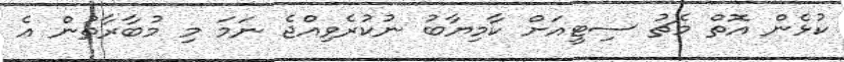
ކުޅެން އޮތް މެޗު ސިޓީއަށް ކާމިޔާބު ނުކުރެވިއްޖެ ނަމަ މި މުބާރާތުން އެ